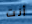
أنت